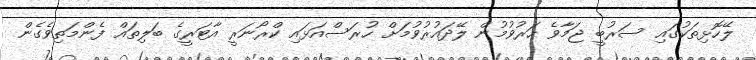
ލޭހޮޅިތަކުގައި ސަރުބީ ޖަމާވެ ހަރުވުމުން ލޭދައުރުވުމަށް ހުރަސްއަޅައި ކްރޯނަރީ އާޓަރީގެ ބަލިތައް ފެންމަތިވެގެން